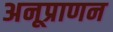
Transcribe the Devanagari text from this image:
अनूप्राणन